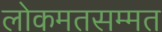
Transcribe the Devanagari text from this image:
लोकमतसम्मत